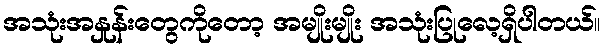
အသုံးအနှုန်းတွေကိုတော့ အမျိုးမျိုး အသုံးပြုလေ့ရှိပါတယ်။